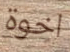
اخوة